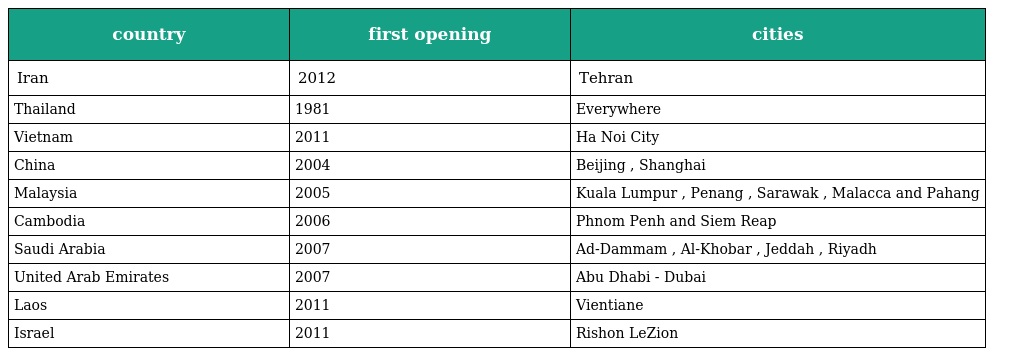
| country | first opening | cities |
 | --- | --- | --- |
 | Iran | 2012 | Tehran |
 | Thailand | 1981 | Everywhere |
 | Vietnam | 2011 | Ha Noi City |
 | China | 2004 | Beijing , Shanghai |
 | Malaysia | 2005 | Kuala Lumpur , Penang , Sarawak , Malacca and Pahang |
 | Cambodia | 2006 | Phnom Penh and Siem Reap |
 | Saudi Arabia | 2007 | Ad-Dammam , Al-Khobar , Jeddah , Riyadh |
 | United Arab Emirates | 2007 | Abu Dhabi - Dubai |
 | Laos | 2011 | Vientiane |
 | Israel | 2011 | Rishon LeZion |